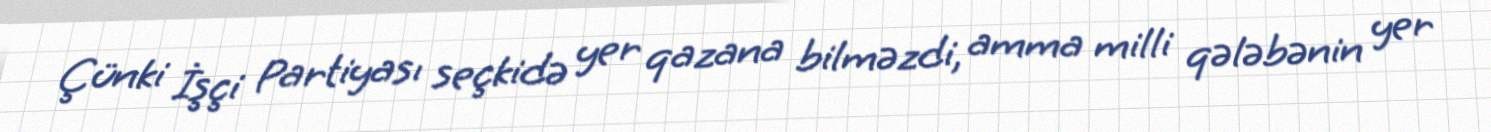
Çünki İşçi Partiyası seçkidə yer qazana bilməzdi, amma milli qələbənin yer